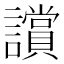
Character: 𧭢